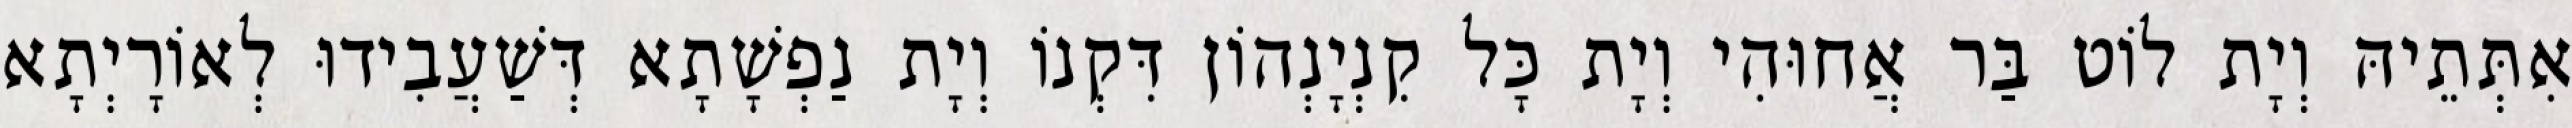
אִתְּתֵיהּ וְיָת לוֹט בַּר אֲחוּהִי וְיָת כָּל קִנְיָנְהוֹן דִּקְנוֹ וְיָת נַפְשָׁתָא דְּשַׁעֲבִידוּ לְאוֹרָיְתָא